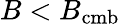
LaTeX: B<B_{\mathrm{cmb}}